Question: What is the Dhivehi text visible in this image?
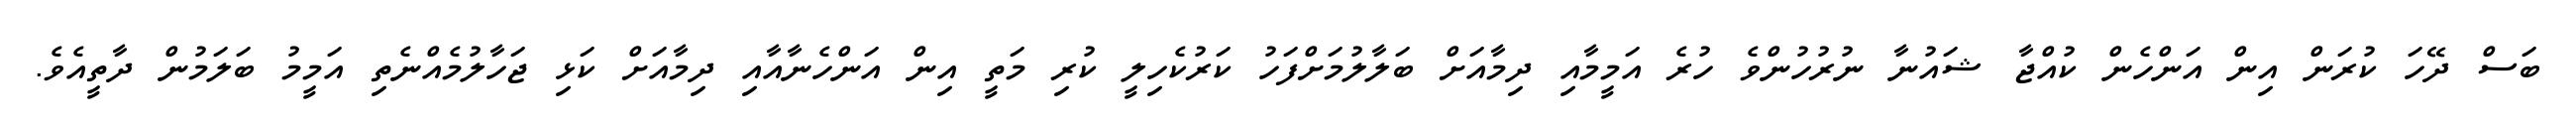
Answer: ބަސް ދޭހަ ކުރަން އިން އަންހެން ކުއްޖާ ޝައުނާ ނުރުހުންވެ ހުރެ އަމީމާއި ދިމާއަށް ބަލާލުމަށްފަހު ކަރުކެހިލީ ކުރި މަތީ އިން އަންހެނާއާއި ދިމާއަށް ކަޅި ޖަހާލުމެއްނެތި އަމީމު ބަލަމުން ދާތީއެވެ.